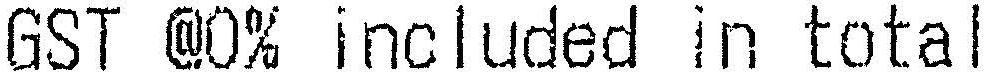
GST @0% INCLUDED IN TOTAL